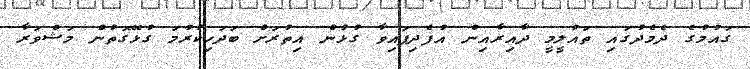
ގައުމުގެ ދެމެދުގައި ތައުލީމީ ދާއިރާއިން އުފެދިފައިވާ ގުޅުން އިތުރަށް ބަދަހިކުރުމަ ގުޅޭގޮތުން މަޝްވަރާ